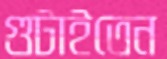
গুটাইতেন